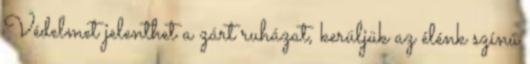
Védelmet jelenthet a zárt ruházat, kerüljük az élénk színű